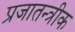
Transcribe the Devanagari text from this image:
प्रजातन्त्रीक